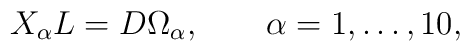
X_{\alpha}L=D\Omega _{\alpha},\qquad \alpha =1,\ldots ,10 ,